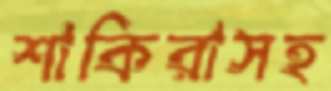
শাকিরাসহ